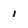
Character: 1